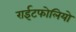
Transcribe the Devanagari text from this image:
राईटफोलियो